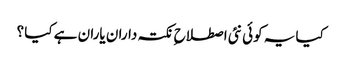
کیا یہ کوئی نئی اصطلاح ِ نکتہ داران یاران ہے کیا ؟